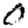
Digit: 0